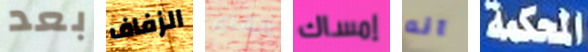
بعد الزفاف الشاى إمساك انه المحكمة